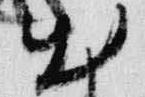
出